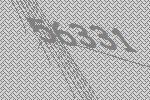
56331